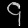
Digit: ၄